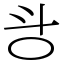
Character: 㪳